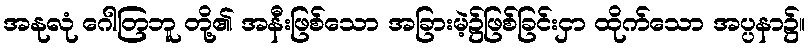
အနုလုံ ဂေါတြဘူ တို့၏ အနီးဖြစ်သော အခြားမဲ့၌ဖြစ်ခြင်းငှာ ထိုက်သော အပ္ပနာ၌။